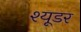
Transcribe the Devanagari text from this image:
श्यूडर